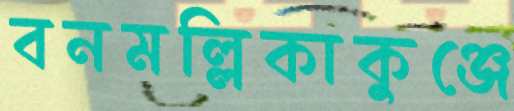
বনমল্লিকাকুঞ্জে